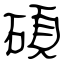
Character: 碩